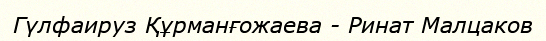
Гүлфаируз Құрманғожаева - Ринат Малцаков